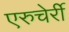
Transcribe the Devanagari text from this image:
एरुचेर्री